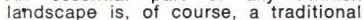
landscape is, of course, a traditional